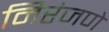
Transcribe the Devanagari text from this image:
निरंजणे